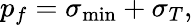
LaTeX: p_{f}=\sigma_{\mathrm{min}}+\sigma_{T},